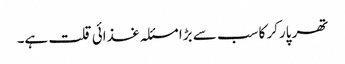
تھر پارکر کا سب سے بڑا مسئلہ غذائی قلت ہے۔